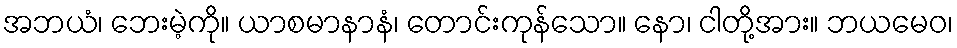
အဘယံ၊ ဘေးမဲ့ကို။ ယာစမာနာနံ၊ တောင်းကုန်သော။ နော၊ ငါတို့အား။ ဘယမေဝ၊